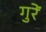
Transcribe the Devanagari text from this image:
गुरें